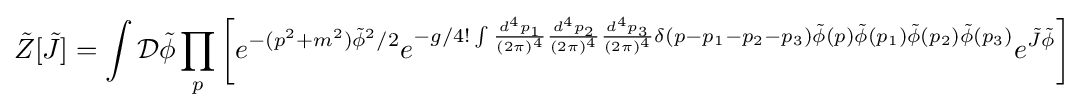
{\tilde {Z}}[{\tilde {J}}]=\int {\mathcal {D}}{\tilde {\phi }}\prod _{p}\left[e^{-(p^{2}+m^{2}){\tilde {\phi }}^{2}/2}e^{-g/4!\int {d^{4}p_{1} \over (2\pi )^{4}}{d^{4}p_{2} \over (2\pi )^{4}}{d^{4}p_{3} \over (2\pi )^{4}}\delta (p-p_{1}-p_{2}-p_{3}){\tilde {\phi }}(p){\tilde {\phi }}(p_{1}){\tilde {\phi }}(p_{2}){\tilde {\phi }}(p_{3})}e^{{\tilde {J}}{\tilde {\phi }}}\right]